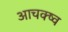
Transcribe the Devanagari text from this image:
आचक्ष्व